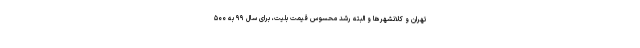
تهران و کلانشهرها و البته رشد محسوس قیمت بلیت، برای سال ۹۹ به ۵۰۰